Report on enteric fever
Disease focus: Fever
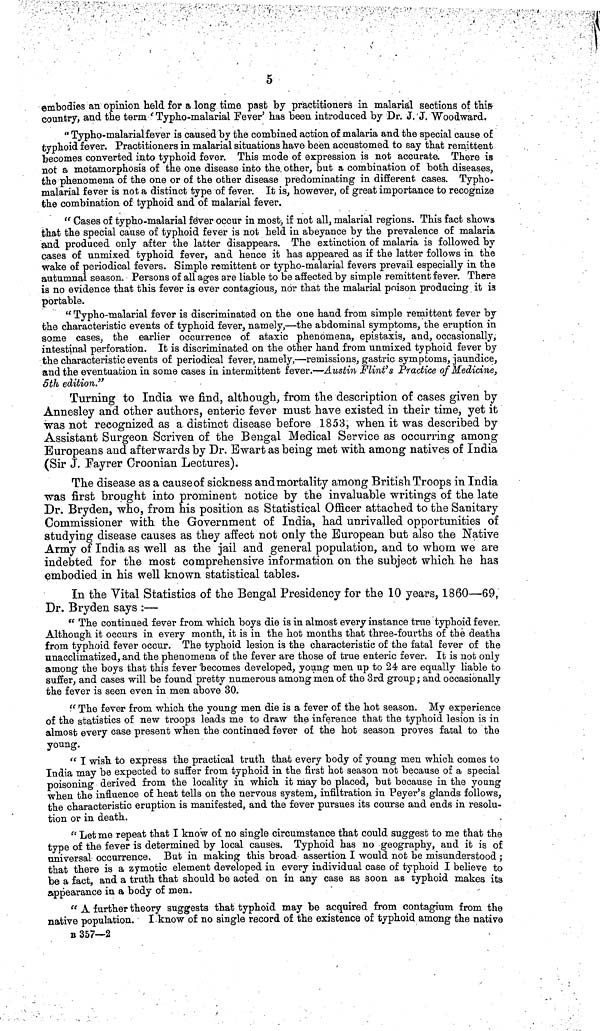
5
embodies an opinion held for a long time past by practitioners in malarial sections of this-
country, and the term ' Typho-malarial Fever' has been introduced by Dr. J. J. Woodward.
" Typho-malarialfever is caused by the combined action of malaria and the special cause of
typhoid fever. Practitioners in malarial situations have been accustomed to say that remittent
becomes converted into typhoid fever. This mode of expression is not accurate. There is
not a metamorphosis of the one disease into the other, but a combination of both diseases,
the phenomena of the one or of the other disease predominating in different, cases. Typho-
malarial fever is not a distinct type of fever. It is, however, of great importance to recognize
the combination of typhoid and of malarial fever.
" Cases of typho-malarial fever occur in most, if not all, malarial regions. This fact shows
that the special cause of typhoid fever is not held in abeyance by the prevalence of malaria
and produced only after the latter disappears. The extinction of malaria is followed by
cases of unmixed typhoid fever, and hence it has appeared as if the latter follows in the
wake of periodical fevers. Simple remittent or typho-malarial fevers prevail especially in the
autumnal season. Persons of all ages are liable to be affected by simple remittent fever. There
is no evidence that this fever is ever contagious, nor that the malarial poison producing it is
portable.
" Typho-malarial fever is discriminated on the one hand from simple remittent fever by
the characteristic events of typhoid fever, namely,—the abdominal symptoms, the eruption in
some cases, the earlier occurrence of ataxic phenomena, epistaxis, and, occasionally,
intestinal perforation. It is discriminated on the other hand from unmixed typhoid fever by
the characteristic events of periodical fever, namely,—remissions, gastric symptoms, jaundice,
and the eventuation in some cases in intermittent fever.—Austin Flint's Practice of Medicine,
5th edition."
Turning to India we find, although, from the description of cases given by
Annesley and other authors, enteric fever must have existed in their time, yet it
was not recognized as a distinct disease before 1853, when it was described by
Assistant Surgeon Scriven of the Bengal Medical Service as occurring among
Europeans and afterwards by Dr. Bwart as being met with among natives of India
(Sir J. Fayrer Croonian Lectures).
The disease as a cause of sickness and mortality among British Troops in India
was first brought into prominent notice by the invaluable writings of the late
Dr. Bryden, who, from his position as Statistical Officer attached to the Sanitary
Commissioner with the Government of India, had unrivalled opportunities of
studying disease causes as they affect not only the European but also the Native
Army of India as well as the jail and general population, and to whom we are
indebted for the most comprehensive information on the subject which he has
embodied in his well known statistical tables.
In the Vital Statistics of the Bengal Presidency for the 10 years, 1860—69,
Dr. Bryden says :—
" The continued fever from which boys die is in almost every instance true typhoid fever.
Although it occurs in every month, it is in the hot months that three-fourths of the deaths
from typhoid fever occur. The typhoid lesion is the characteristic of the fatal fever of the
unacclimatized, and the phenomena of the fever are those of true enteric fever. It is not only
among the boys that this fever becomes developed, young men up to 24 are equally liable to
suffer, and cases will be found pretty numerous among men of the 3rd group; and occasionally
the fever is seen even in men above 30.
" The fever from which the young men die is a fever of the hot season. My experience
of the statistics of new troops leads me to draw the inference that the typhoid lesion is in
almost every case present when the continued fever of the hot season proves fatal to the
young.
" I wish to express the practical truth that every body of young men which comes to
India may be expected to suffer from typhoid in the first hot season not because of a special
poisoning derived from the locality in which it may be placed, but because in the young
when the influence of heat tells on the nervous system, infiltration in Peyer's glands follows,
the characteristic eruption is manifested, and the fever pursues its course and ends in resolu-
tion or in death.
" Let me repeat that I know of no single circumstance that could suggest to me that the
type of the fever is determined by local causes. Typhoid has no geography, and it is of
universal occurrence. But in making this broad assertion I would not be misunderstood ;
that there is a zymotic element developed in every individual case of typhoid I believe to
be a fact, and a truth that should be acted on in any case as soon as typhoid makes its
appearance in a body of men.
" A further theory suggests that typhoid may be acquired from contagium from the
native population. I know of no single record of the existence of typhoid among the native
B 357—2